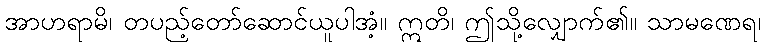
အာဟရာမိ၊ တပည့်တော်ဆောင်ယူပါအံ့။ ဣတိ၊ ဤသို့လျှောက်၏။ သာမဏေရ၊